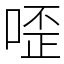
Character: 㗏